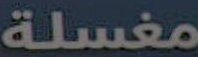
مغسلة